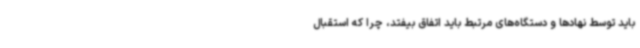
باید توسط نهادها و دستگاه‌های مرتبط باید اتفاق بیفتد، چرا که استقبال